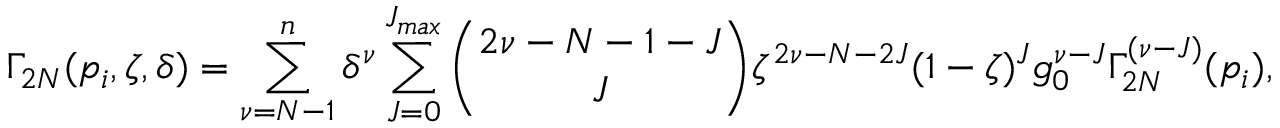
\Gamma _ { 2 N } ( p _ { i } , \zeta , \delta ) = \sum _ { \nu = N - 1 } ^ { n } \delta ^ { \nu } \sum _ { J = 0 } ^ { J _ { m a x } } { \binom { 2 \nu - N - 1 - J } { J } } \zeta ^ { 2 \nu - N - 2 J } ( 1 - \zeta ) ^ { J } g _ { 0 } ^ { \nu - J } \Gamma _ { 2 N } ^ { ( \nu - J ) } ( p _ { i } ) ,